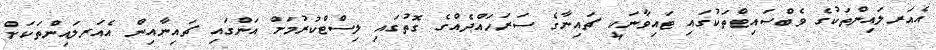
އެއަރލައިންތަކުގެ ވެބްސައިޓްތަކުގައި ޓައިވާނަކީ ޗައިނާގެ ސަރަހައްދެއްގެ ގޮތުގައި ލިސްޓްކުރުމަށް އަންގައި ޗައިނާއިން އެއަރލައިންތަކަށް